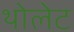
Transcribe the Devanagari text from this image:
थोलेट